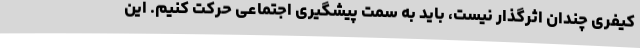
کیفری چندان اثرگذار نیست، باید به سمت پیشگیری اجتماعی حرکت کنیم. این